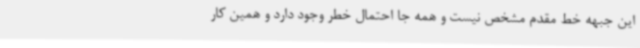
این جبهه خط مقدم مشخص نیست و همه جا احتمال خطر وجود دارد و همین کار